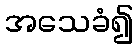
အသေခံ၍